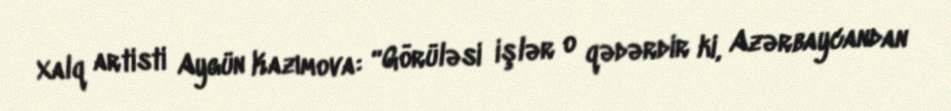
Xalq artisti Aygün Kazımova: “Görüləsi işlər o qədərdir ki, Azərbaycandan